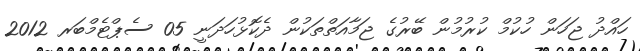
ހައްދު ޖަހަން ހުކުމް ކުރުމުން ބޭރުގެ ޖަމާއަތްތަކުން ދެކޮޅުހަދަނީ 05 ސެޕްޓެމްބަރ 2012